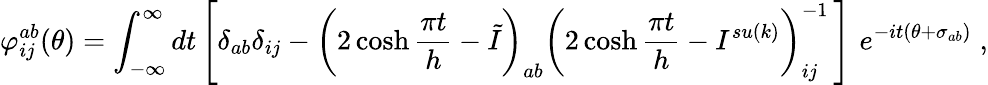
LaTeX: \varphi_{ij}^{ab}(\theta)=\int_{-\infty}^{\infty}dt\left[\delta_{ab}\delta_{ij}-\left(2\cosh\frac{\pi t}{h}-\tilde{I}\right)_{ab}\left(2\cosh\frac{\pi t}{h}-I^{su(k)}\right)_{ij}^{-1}\, \right]\, \, e^{-it(\theta+\sigma_{ab})}\; ,